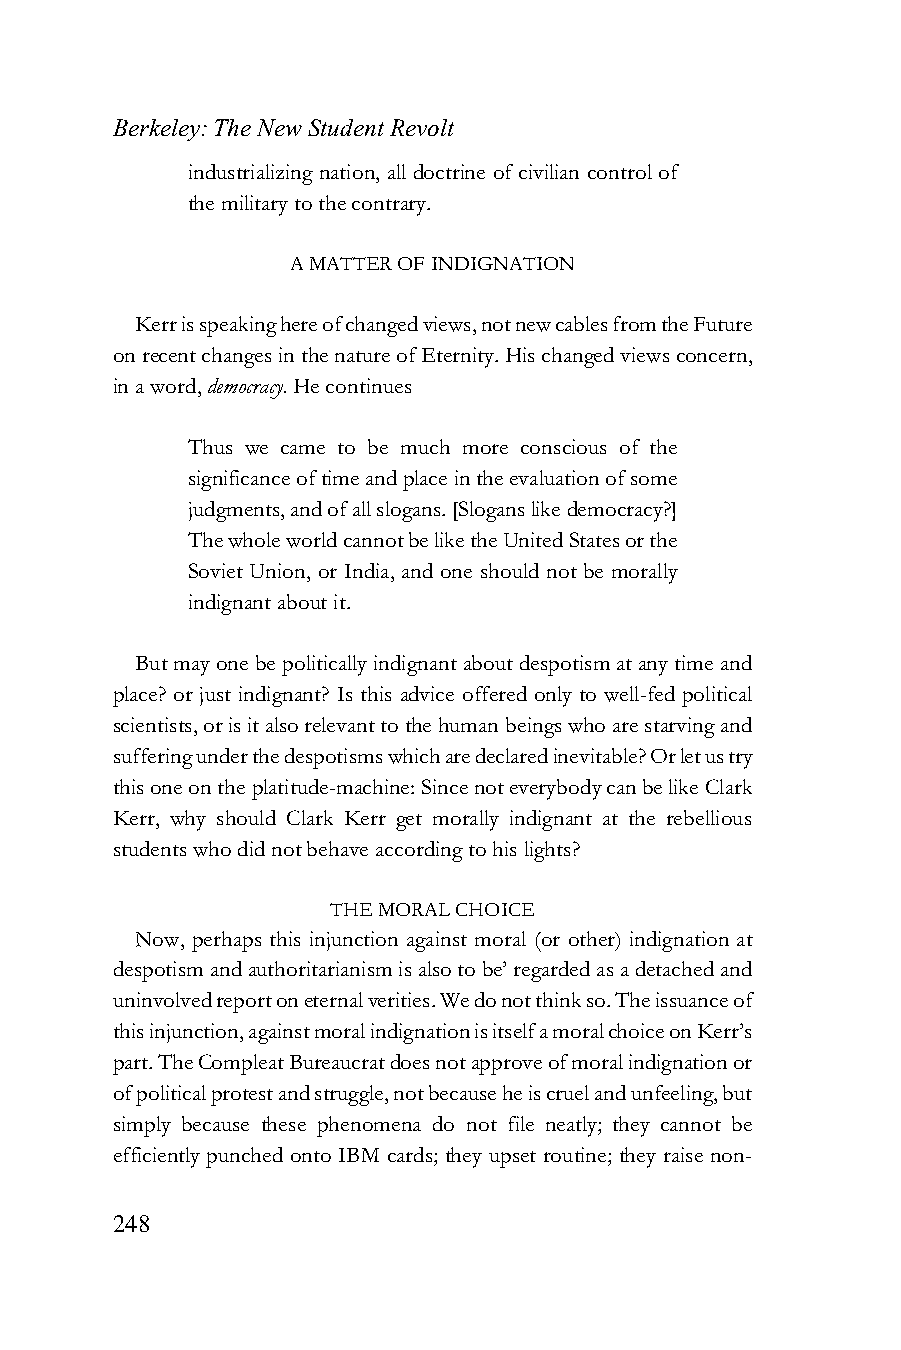
Berkeley: The New Student Revolt
 industrializing nation, all doctrine of civilian control of
 the military to the contrary.
 A MATTER OF INDIGNATION
 Kerr is speaking here of changed views, not new cables from the Future
 on recent changes in the nature of Eternity. His changed views concern,
 in a word, democracy. He continues
 Thus we came to be much more conscious of the
 significance of time and place in the evaluation of some
 judgments, and of all slogans. [Slogans like democracy?]
 The whole world cannot be like the United States or the
 Soviet Union, or India, and one should not be morally
 indignant about it.
 But may one be politically indignant about despotism at any time and
 place? or just indignant? Is this advice offered only to well-fed political
 scientists, or is it also relevant to the human beings who are starving and
 suffering under the despotisms which are declared inevitable? Or let us try
 this one on the platitude-machine: Since not everybody can be like Clark
 Kerr, why should Clark Kerr get morally indignant at the rebellious
 students who did not behave according to his lights?
 THE MORAL CHOICE
 Now, perhaps this injunction against moral (or other) indignation at
 despotism and authoritarianism is also to be’ regarded as a detached and
 uninvolved report on eternal verities. We do not think so. The issuance of
 this injunction, against moral indignation is itself a moral choice on Kerr’s
 part. The Compleat Bureaucrat does not approve of moral indignation or
 of political protest and struggle, not because he is cruel and unfeeling, but
 simply because these phenomena do not file neatly; they cannot be
 efficiently punched onto IBM cards; they upset routine; they raise non-
 248